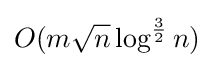
O(m{\sqrt {n}}\log ^{\frac {3}{2}}n)